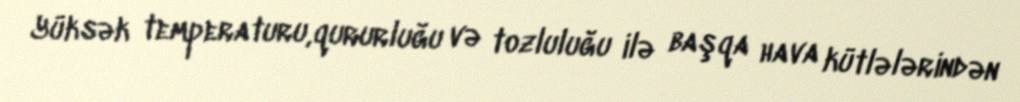
Yüksək temperaturu,qururluğu və tozluluğu ilə başqa hava kütlələrindən